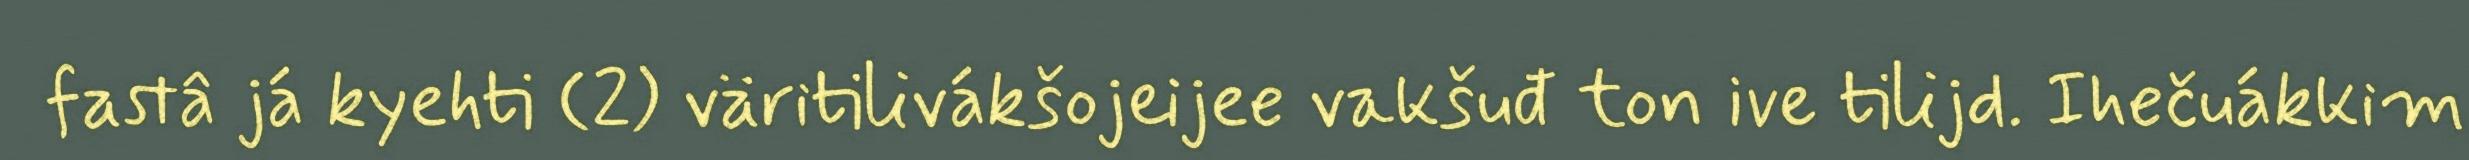
fastâ já kyehti (2) väritilivákšojeijee vakšuđ ton ive tilijd. Ihečuákkim